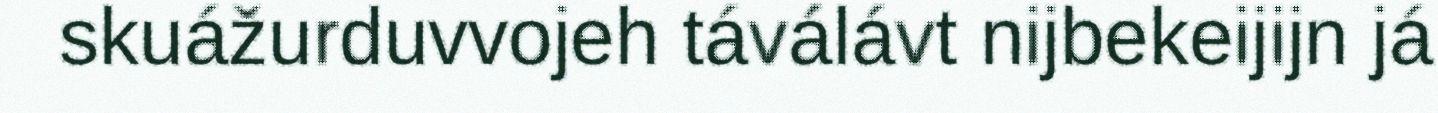
skuážurduvvojeh táválávt nijbekeijijn já